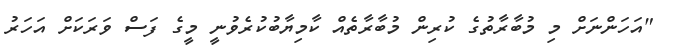
"އަހަންނަށް މި މުބާރާތުގެ ކުރިން މުބާރާތެއް ކާމިޔާބުކުރެވުނީ މީގެ ފަސް ވަރަކަށް އަހަރު